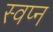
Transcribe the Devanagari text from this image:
स्वप्‍न